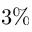
3 \%